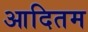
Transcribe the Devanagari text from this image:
आदितम